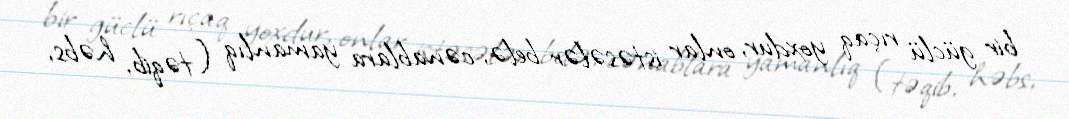
bir güclü rıçaq yoxdur, onlar istəsələr belə, cənablara yamanlıq (təqib, həbs,